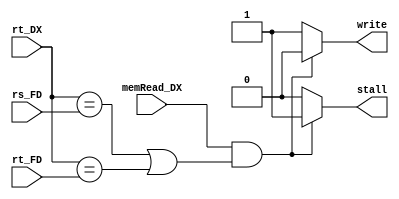
module hazardDetectionUnit(stall,write, memRead_DX, rs_FD, rt_FD, rt_DX);
	output reg stall,write;
	input memRead_DX;
	input [4:0]	rs_FD, rt_FD, rt_DX;
	
	always@(*) begin
		if(memRead_DX && ((rt_DX == rs_FD) || (rt_DX == rt_FD)))begin
			stall = 1;
			write=0;
		end
		else begin
			stall = 0 ;
			write =1;
		end
	end
endmodule


/* ///////////////////////////////////////////////////////////////////////
module testbench();
	wire stall;
	wire memRead_DX;
	wire [4:0]	rs_FD, rt_FD, rt_DX;
	
	hazardDetectionUnit dut(stall, memRead_DX, rs_FD, rt_FD, rt_DX);
	tester test(stall, memRead_DX, rs_FD, rt_FD, rt_DX);
	
	initial begin
		$dumpfile("hazardDetectionUnit.vcd");
		$dumpvars();
	end
endmodule

module tester(stall, memRead_DX, rs_FD, rt_FD, rt_DX);
	input stall;
	output reg memRead_DX;
	output reg[4:0]	rs_FD, rt_FD, rt_DX;
	//integer i;
	
	parameter delay = 10;
	
	initial begin

	memRead_DX = 1;
	rs_FD = 5'b00001;
	rt_DX = 5'b00001;
	rt_FD = 5'b00001;
	#delay;
	
	memRead_DX = 1;
	rs_FD = 5'b00001;
	rt_DX = 5'b11111;
	rt_FD = 5'b01111;
	#delay;
	
	memRead_DX = 1;
	rs_FD = 5'b11111;
	rt_DX = 5'b11111;
	rt_FD = 5'b01111;
	#delay;

	memRead_DX = 1;
	rs_FD = 5'b10101;
	rt_DX = 5'b00001;
	rt_FD = 4'b10101;
	#delay;
	
	memRead_DX = 0;
	
	#delay;
	
	end
	
endmodule */